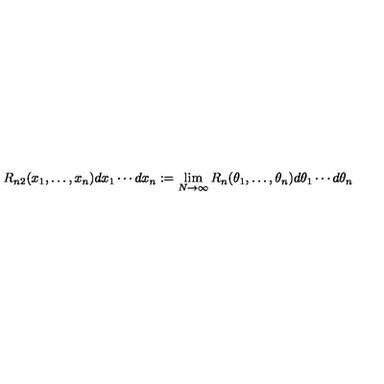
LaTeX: R _ { n 2 } ( x _ { 1 } , \ldots , x _ { n } ) d x _ { 1 } \cdots d x _ { n } : = \lim _ { N \rightarrow \infty } R _ { n } ( \theta _ { 1 } , \ldots , \theta _ { n } ) d \theta _ { 1 } \cdots d \theta _ { n }